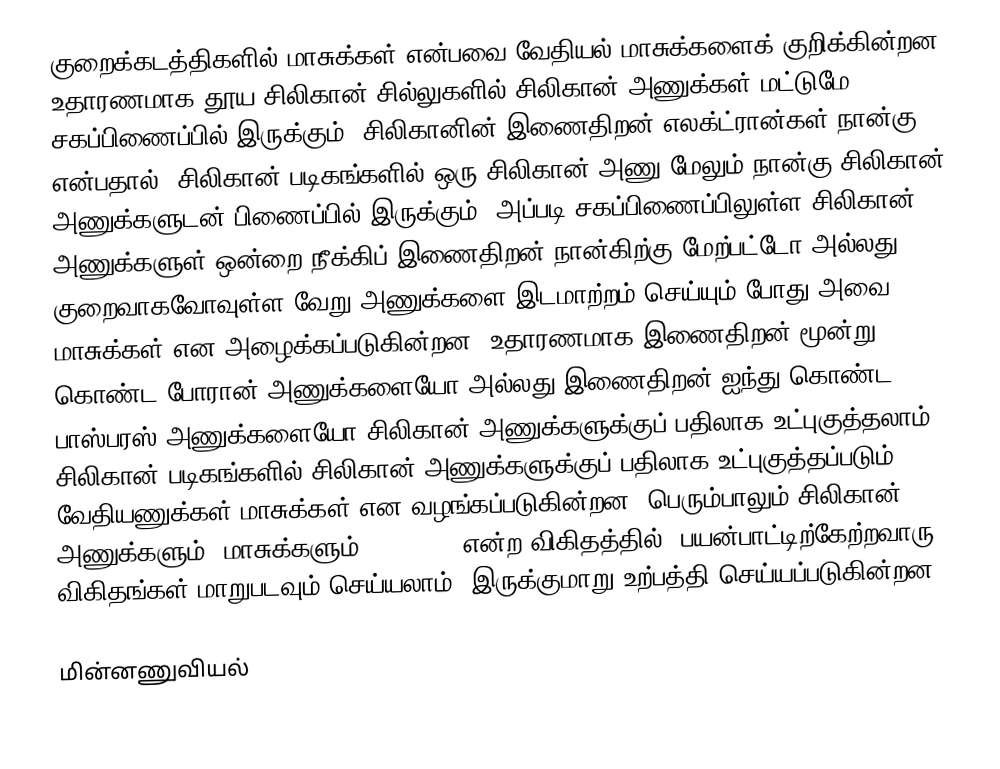
குறைக்கடத்திகளில் மாசுக்கள் என்பவை வேதியல் மாசுக்களைக் குறிக்கின்றன. உதாரணமாக தூய சிலிகான் சில்லுகளில் சிலிகான் அணுக்கள் மட்டுமே சகப்பிணைப்பில் இருக்கும். சிலிகானின் இணைதிறன் எலக்ட்ரான்கள் நான்கு என்பதால், சிலிகான் படிகங்களில் ஒரு சிலிகான் அணு மேலும் நான்கு சிலிகான் அணுக்களுடன் பிணைப்பில் இருக்கும், அப்படி சகப்பிணைப்பிலுள்ள சிலிகான் அணுக்களுள் ஒன்றை நீக்கிப் இணைதிறன் நான்கிற்கு மேற்பட்டோ அல்லது குறைவாகவோவுள்ள வேறு அணுக்களை இடமாற்றம் செய்யும் போது அவை மாசுக்கள் என அழைக்கப்படுகின்றன. உதாரணமாக இணைதிறன் மூன்று கொண்ட போரான் அணுக்களையோ அல்லது இணைதிறன் ஐந்து கொண்ட பாஸ்பரஸ் அணுக்களையோ சிலிகான் அணுக்களுக்குப் பதிலாக உட்புகுத்தலாம். சிலிகான்  படிகங்களில் சிலிகான் அணுக்களுக்குப் பதிலாக உட்புகுத்தப்படும் வேதியணுக்கள் மாசுக்கள் என வழங்கப்படுகின்றன. பெரும்பாலும் சிலிகான் அணுக்களும், மாசுக்களும் 1000000:1 என்ற விகிதத்தில் (பயன்பாட்டிற்கேற்றவாரு விகிதங்கள் மாறுபடவும் செய்யலாம்) இருக்குமாறு உற்பத்தி செய்யப்படுகின்றன.

மின்னணுவியல்